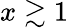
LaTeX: x\gtrsim 1